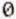
0